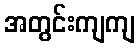
အတွင်းကျကျ